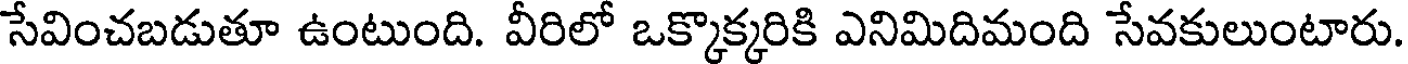
సేవించబడుతూ ఉంటుంది. వీరిలో ఒక్కొక్కరికి ఎనిమిదిమంది సేవకులుంటారు